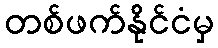
တစ်ဖက်နိုင်ငံမှ